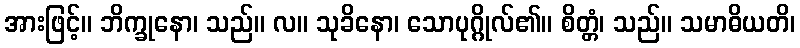
အားဖြင့်။ ဘိက္ခုနော၊ သည်။ လ။ သုခိနော၊ သောပုဂ္ဂိုလ်၏။ စိတ္တံ၊ သည်။ သမာဓိယတိ၊